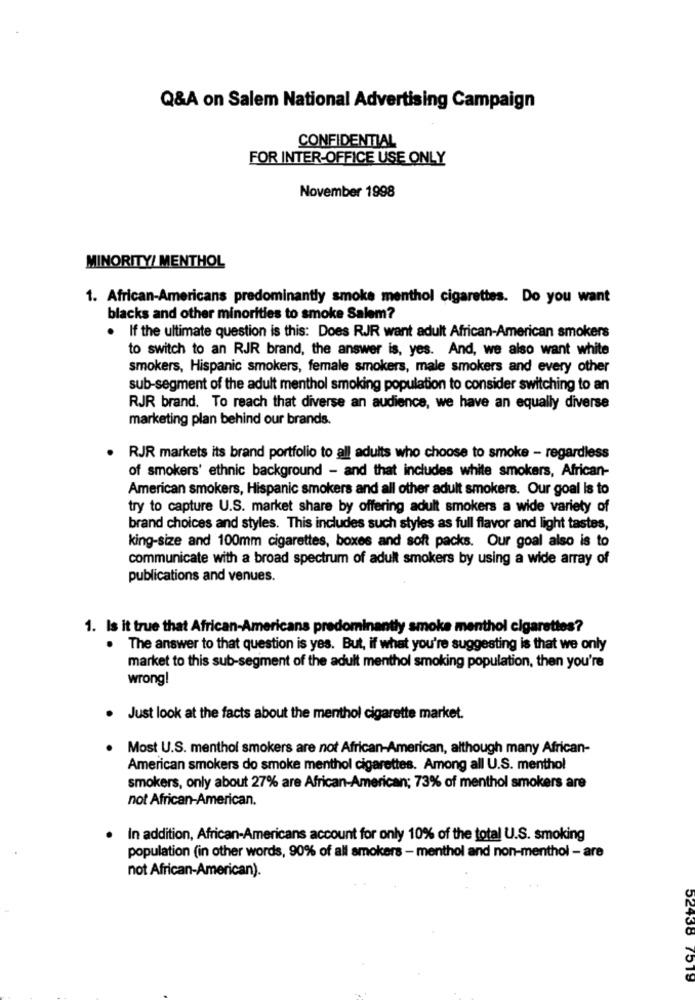
Q&A on Salem National Advertising Campaign
CONFIDENTIAL
FOR INTER-OFFICE USE ONLY
November 1998
MINORITY/ MENTHOL
1. African-Americans predominantly smoke menthol cigarettes. Do you want
blacks and other minorities to smoke Salem?
. If the ultimate question is this: Does RJR want adult African-American smokers
to switch to an RJR brand, the answer is, yes. And, we also want white
smokers, Hispanic smokers, female smokers, male smokers and every other
sub-segment of the adult menthol smoking population to consider switching to an
RJR brand. To reach that diverse an audience, we have an equally diverse
marketing plan behind our brands.
RJR markets its brand portfolio to all adults who choose to smoke - regardless
of smokers' ethnic background - and that includes white smokers, African-
American smokers, Hispanic smokers and all other adult smokers. Our goal Is to
try to capture U.S. market share by offering adult smokers a wide variety of
brand choices and styles. This includes such styles as full flavor and light tastes,
king-size and 100mm cigarettes, boxes and soft packs. Our goal also is to
communicate with a broad spectrum of adult smokers by using a wide array of
publications and venues.
1. Is it true that African-Americans predominantly smoke menthol cigarettes?
. The answer to that question is yes. But, if what you're suggesting is that we only
market to this sub-segment of the adult menthol smoking population, then you're
wrong
. Just look at the facts about the menthol cigarette market.
Most U.S. menthol smokers are not African-American, although many African-
American smokers do smoke menthol cigarettes. Among all U.S. menthol
smokers, only about 27% are African-American; 73% of menthol smokers are
not African-American.
In addition, African-Americans account for only 10% of the total U.S. smoking
population (in other words, 90% of all smokers - menthol and non-menthol - are
not African-American).
52438 7519